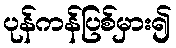
ပုန်ကန်ပြစ်မှား၍